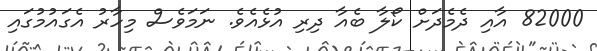
82000 އާއި ދެމެދަށް ކޯލާ ބެއާ ދިރި އުޅެއެވެ. ނަމަވެސް މިިހާރު އެގައުމުގައި